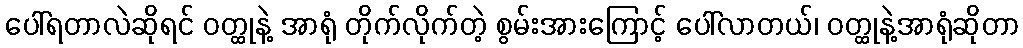
ပေါ်ရတာလဲဆိုရင် ဝတ္ထုနဲ့ အာရုံ တိုက်လိုက်တဲ့ စွမ်းအားကြောင့် ပေါ်လာတယ်၊ ဝတ္ထုနဲ့အာရုံဆိုတာ